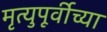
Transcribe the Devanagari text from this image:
मृत्युपूर्वीच्या